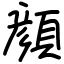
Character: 顔